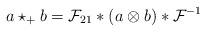
LaTeX: \begin{align*}a\star _{+} b = {\cal F}_{21}*(a\otimes b)*{\cal F}^{-1}\end{align*}